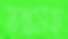
স্তম্ভসহ